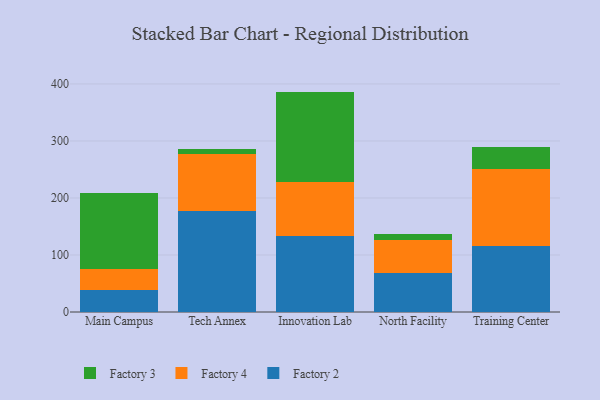
{"axis": {"x": "Campus", "y": "Website Visitors"}, "legend": ["Factory 2", "Factory 3", "Factory 4"], "data": [{"x": "Main Campus", "y": 38.7, "type": "Factory 2"}, {"x": "Main Campus", "y": 36.2, "type": "Factory 4"}, {"x": "Main Campus", "y": 134.6, "type": "Factory 3"}, {"x": "Tech Annex", "y": 177.9, "type": "Factory 2"}, {"x": "Tech Annex", "y": 98.7, "type": "Factory 4"}, {"x": "Tech Annex", "y": 8.7, "type": "Factory 3"}, {"x": "Innovation Lab", "y": 133.3, "type": "Factory 2"}, {"x": "Innovation Lab", "y": 94.3, "type": "Factory 4"}, {"x": "Innovation Lab", "y": 159.0, "type": "Factory 3"}, {"x": "North Facility", "y": 69.2, "type": "Factory 2"}, {"x": "North Facility", "y": 56.5, "type": "Factory 4"}, {"x": "North Facility", "y": 11.2, "type": "Factory 3"}, {"x": "Training Center", "y": 116.4, "type": "Factory 2"}, {"x": "Training Center", "y": 134.1, "type": "Factory 4"}, {"x": "Training Center", "y": 39.0, "type": "Factory 3"}]}